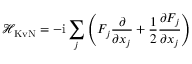
\mathcal { H } _ { \mathrm { K v N } } = - \mathrm { i } \sum _ { j } \left( F _ { j } \frac { \partial } { \partial x _ { j } } + \frac { 1 } { 2 } \frac { \partial F _ { j } } { \partial x _ { j } } \right)